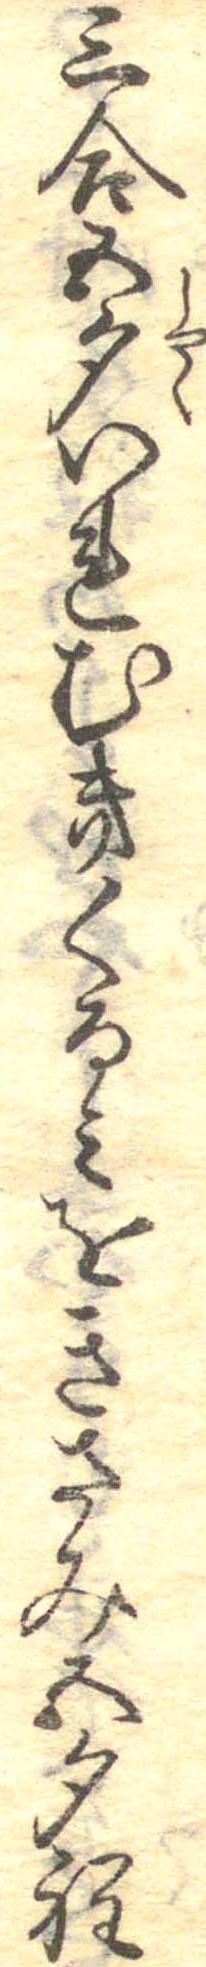
三合五勺いれむきくるみをきさみ五勺程